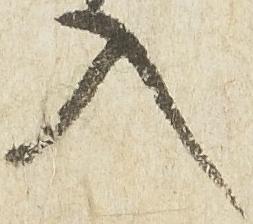
入